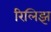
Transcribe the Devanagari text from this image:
रिलिझ